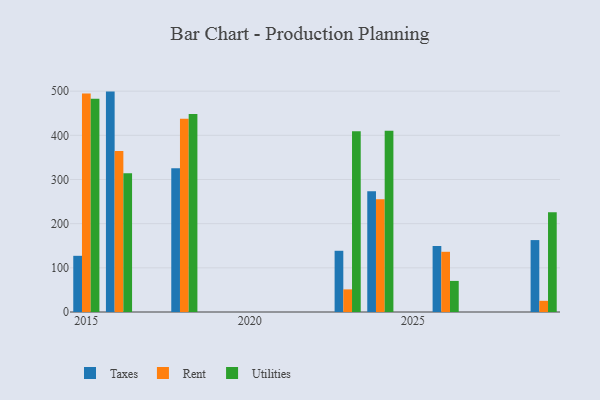
{"axis": {"x": "Year", "y": "Inventory Turnover"}, "legend": ["Rent", "Taxes", "Utilities"], "data": [{"x": "2026", "y": 149.5, "type": "Taxes"}, {"x": "2026", "y": 136.3, "type": "Rent"}, {"x": "2026", "y": 70.4, "type": "Utilities"}, {"x": "2029", "y": 162.8, "type": "Taxes"}, {"x": "2029", "y": 25.3, "type": "Rent"}, {"x": "2029", "y": 225.7, "type": "Utilities"}, {"x": "2015", "y": 127.2, "type": "Taxes"}, {"x": "2015", "y": 494.5, "type": "Rent"}, {"x": "2015", "y": 482.7, "type": "Utilities"}, {"x": "2024", "y": 273.3, "type": "Taxes"}, {"x": "2024", "y": 255.5, "type": "Rent"}, {"x": "2024", "y": 410.5, "type": "Utilities"}, {"x": "2018", "y": 325.3, "type": "Taxes"}, {"x": "2018", "y": 437.6, "type": "Rent"}, {"x": "2018", "y": 448.5, "type": "Utilities"}, {"x": "2023", "y": 138.6, "type": "Taxes"}, {"x": "2023", "y": 51.2, "type": "Rent"}, {"x": "2023", "y": 409.3, "type": "Utilities"}, {"x": "2016", "y": 499.0, "type": "Taxes"}, {"x": "2016", "y": 364.7, "type": "Rent"}, {"x": "2016", "y": 314.0, "type": "Utilities"}]}